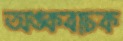
অঙ্কবাচক